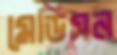
মেডিসন